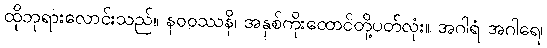
ထိုဘုရားလောင်းသည်။ နဝဝဿနိ၊ အနှစ်ကိုးထောင်တို့ပတ်လုံး။ အဂါရံ အဂါရေ၊